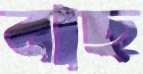
বাছ